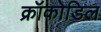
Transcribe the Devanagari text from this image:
क्रॉकोडिल